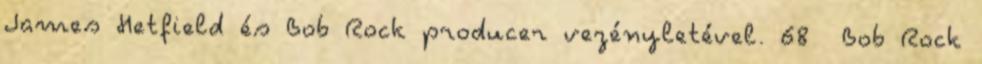
James Hetfield és Bob Rock producer vezényletével. 68 Bob Rock